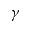
\gamma